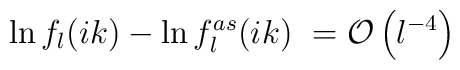
\ln f_l(ik) -  \ln f^{as}_l(ik)\ = {\cal O} \left( l^{-4}\right)